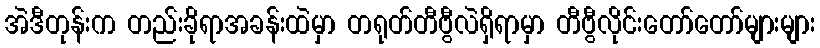
အဲဒီတုန်းက တည်းခိုရာအခန်းထဲမှာ တရုတ်တီဗွီလဲရှိရာမှာ တီဗွီလိုင်းတော်တော်များများ